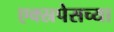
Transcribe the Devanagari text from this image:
एक्स्रपेसच्या